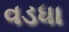
વડધા